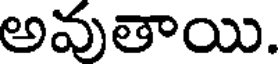
అవుతాయి.